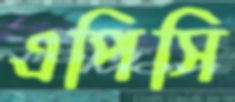
এপিসি